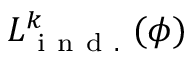
{ L } _ { \mathrm { ~ i ~ n ~ d ~ . ~ } } ^ { k } ( \phi )